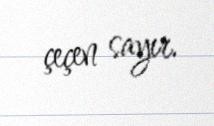
çeçen sayır.